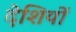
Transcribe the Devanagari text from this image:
देशियों